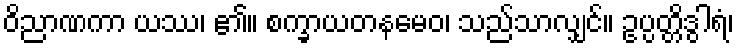
ဝိညာဏကာ ယဿ၊ ၏။ စက္ခာယတနမေဝ၊ သည်သာလျှင်။ ဥပ္ပတ္တိဒွါရံ၊